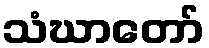
သံဃာတော်